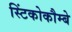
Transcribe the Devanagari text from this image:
स्टिंकोकौम्बे